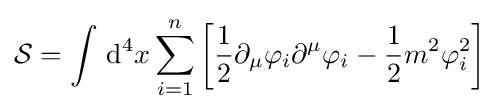
{\mathcal {S}}=\int \,\mathrm {d} ^{4}x\sum _{i=1}^{n}\left[{\frac {1}{2}}\partial _{\mu }\varphi _{i}\partial ^{\mu }\varphi _{i}-{\frac {1}{2}}m^{2}\varphi _{i}^{2}\right]